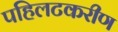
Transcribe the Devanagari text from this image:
पहिलटकरीण